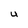
Character: U